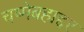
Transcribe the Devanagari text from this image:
चष्मेबहाद्दर